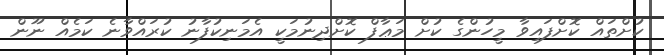
ކުށްތައް ކޮށްފައިވާ މީހުންގެ ކުށް މަޢާފް ކޮށްދިނުމަކީ އެމަނިކުފާނު ކުރައްވާނެ ކަމެއް ނޫން